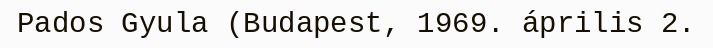
Pados Gyula (Budapest, 1969. április 2.